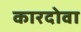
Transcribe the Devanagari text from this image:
कारदोवा